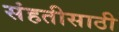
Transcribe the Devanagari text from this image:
संहतीसाठी